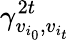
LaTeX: \gamma_{v_{i_{0}},v_{i_{t}}}^{2t}